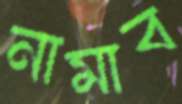
নামাব